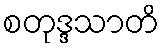
စတုဒ္ဒသာတိ